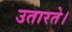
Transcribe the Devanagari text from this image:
उतारते।